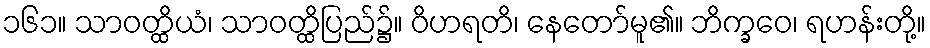
၁၆၁။ သာဝတ္ထိယံ၊ သာဝတ္ထိပြည်၌။ ဝိဟရတိ၊ နေတော်မူ၏။ ဘိက္ခဝေ၊ ရဟန်းတို့။